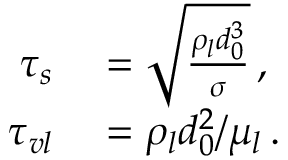
\begin{array} { r l } { \tau _ { s } } & { { } = \sqrt { \frac { \rho _ { l } d _ { 0 } ^ { 3 } } { \sigma } } \, , } \\ { \tau _ { v l } } & { { } = \rho _ { l } d _ { 0 } ^ { 2 } / \mu _ { l } \, . } \end{array}